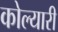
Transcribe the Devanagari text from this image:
कोल्यारी